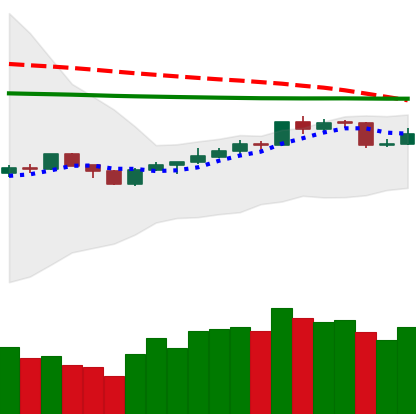
Ticker: BNB-USD
Chart end date: 2020-04-12
Forward return: 9.461%
Label: up_7plus